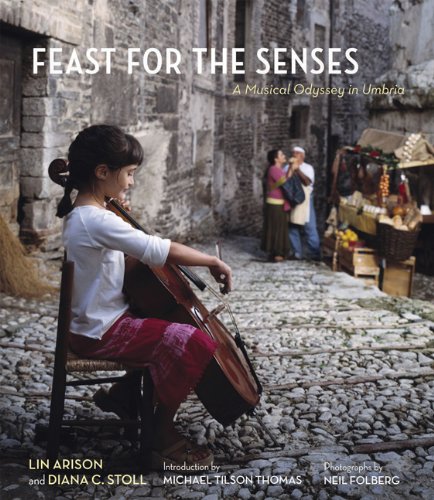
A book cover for Feast for the Senses: A Musical Odyssey in Umbria; Lin Arison; Travel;